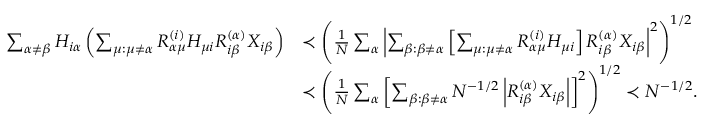
\begin{array} { r l } { \sum _ { \alpha \neq \beta } H _ { i \alpha } \left( \sum _ { \mu : \mu \neq \alpha } R _ { \alpha \mu } ^ { ( i ) } H _ { \mu i } R _ { i \beta } ^ { ( \alpha ) } X _ { i \beta } \right) } & { \prec \left( \frac { 1 } { N } \sum _ { \alpha } \left| \sum _ { \beta : \beta \neq \alpha } \left[ \sum _ { \mu : \mu \neq \alpha } R _ { \alpha \mu } ^ { ( i ) } H _ { \mu i } \right] R _ { i \beta } ^ { ( \alpha ) } X _ { i \beta } \right| ^ { 2 } \right) ^ { 1 / 2 } } \\ & { \prec \left( \frac { 1 } { N } \sum _ { \alpha } \left[ \sum _ { \beta : \beta \neq \alpha } N ^ { - 1 / 2 } \left| R _ { i \beta } ^ { ( \alpha ) } X _ { i \beta } \right| \right] ^ { 2 } \right) ^ { 1 / 2 } \prec N ^ { - 1 / 2 } . } \end{array}